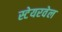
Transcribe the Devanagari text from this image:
स्टेयरवेल